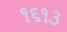
૧૬૧૩